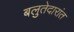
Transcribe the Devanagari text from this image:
बलुतेदारांत